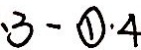
\cdot 3 - \textcircled { 1 } \cdot 4